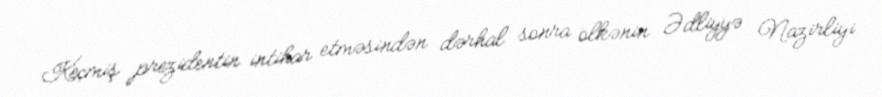
Keçmiş prezidentin intihar etməsindən dərhal sonra ölkənin Ədliyyə Nazirliyi